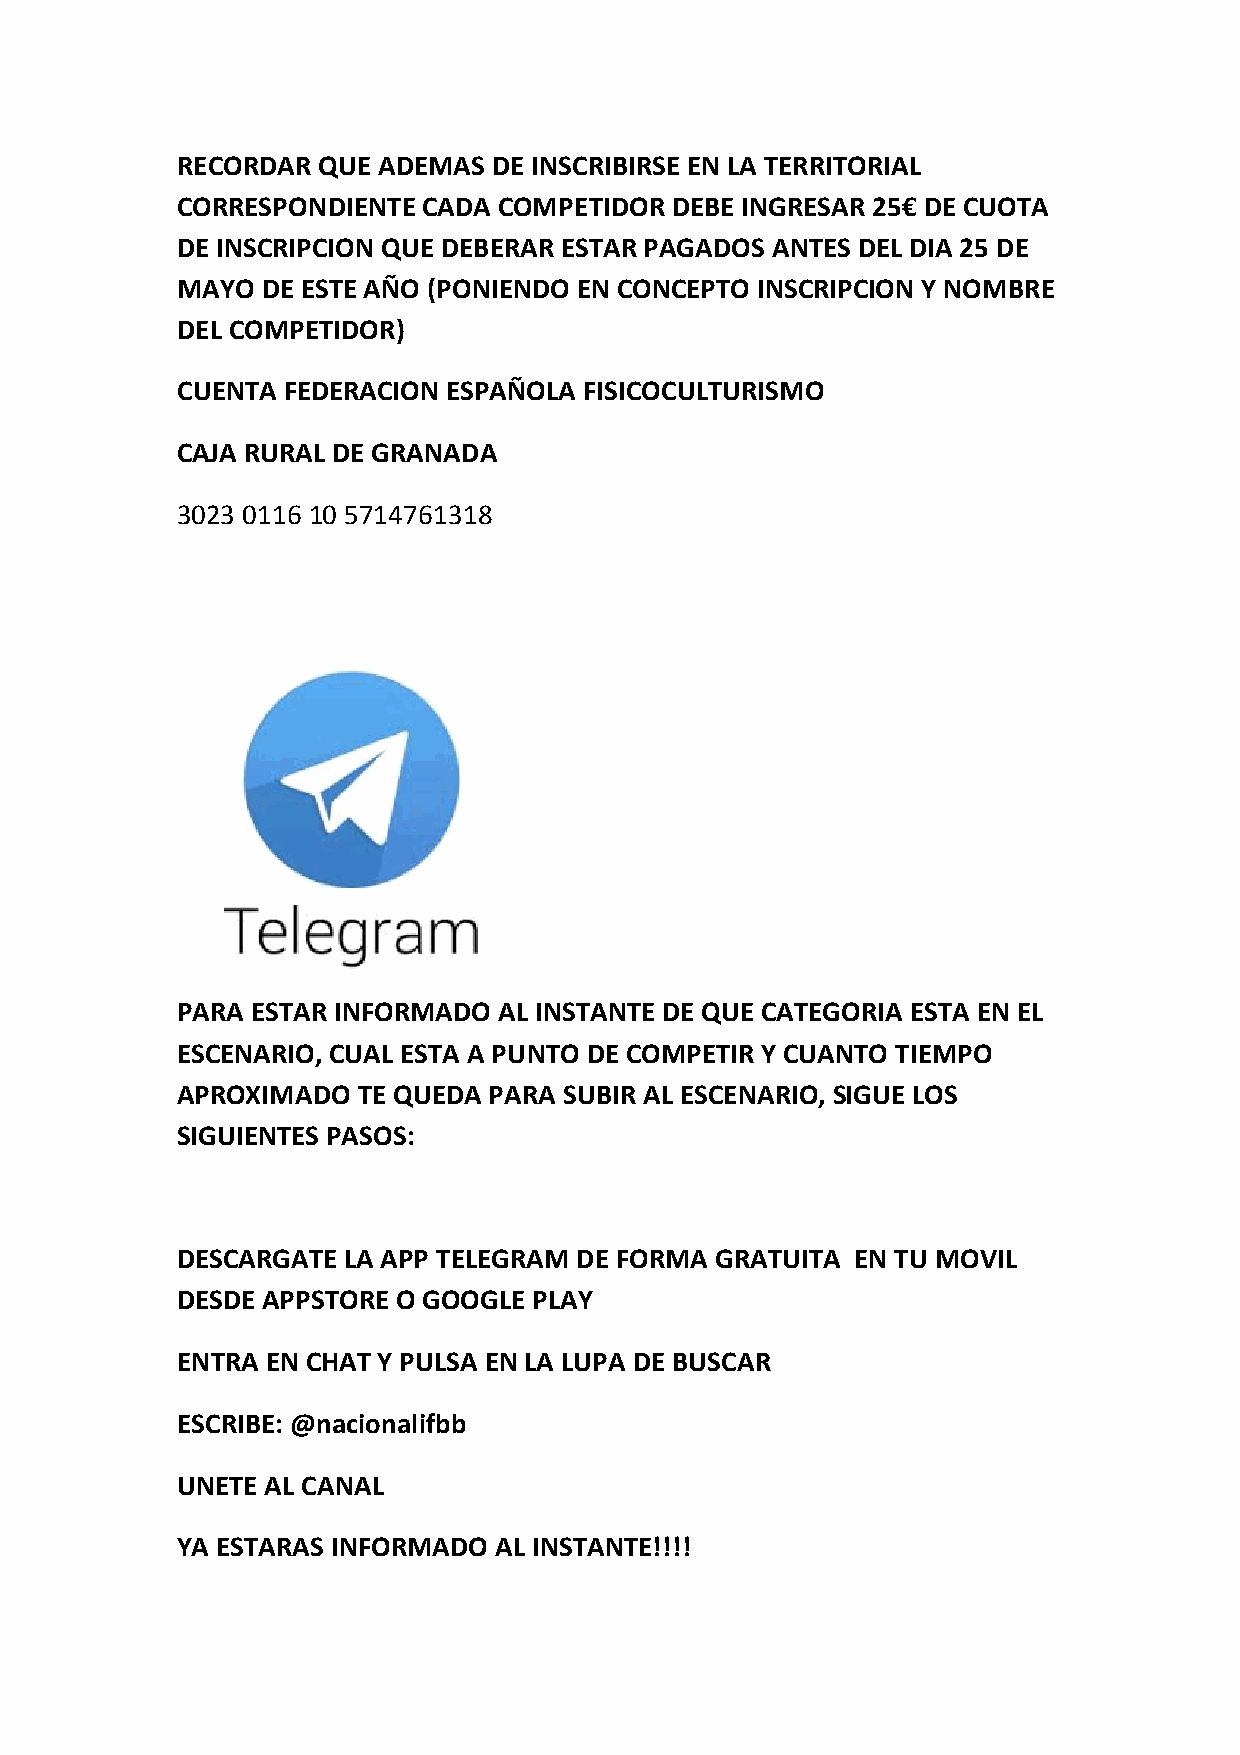
RECORDAR QUE ADEMAS  DE INSCRIBIRSE EN LA TERRITORIAL
 CORRESPONDIENTE CADA COMPETIDOR DEBE INGRESAR 25€ DE CUOTA
 DE INSCRIPCION QUE DEBERAR ESTAR PAGADOS ANTES DEL DIA 25 DE
 MAYO DE ESTE AÑO (PONIENDO EN CONCEPTO INSCRIPCION Y NOMBRE
 DEL COMPETIDOR)
 CUENTA FEDERACION ESPAÑOLA FISICOCULTURISMO
 CAJA RURAL DE GRANADA
 3023 0116 10 5714761318
 PARA ESTAR INFORMADO AL INSTANTE DE QUE CATEGORIA ESTA EN EL
 ESCENARIO, CUAL ESTA A PUNTO DE COMPETIR Y CUANTO TIEMPO
 APROXIMADO  TE QUEDA PARA SUBIR AL ESCENARIO, SIGUE LOS
 SIGUIENTES PASOS:
 DESCARGATE LA APP TELEGRAM DE FORMA GRATUITA EN TU MOVIL
 DESDE APPSTORE O GOOGLE PLAY
 ENTRA EN CHAT Y PULSA EN LA LUPA DE BUSCAR
 ESCRIBE: @nacionalifbb
 UNETE AL CANAL
 YA ESTARAS INFORMADO AL INSTANTE!!!!